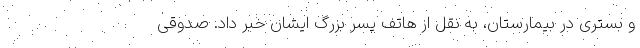
و بستری در بیمارستان، به نقل از هاتف پسر بزرگ ایشان خبر داد. صدوقی